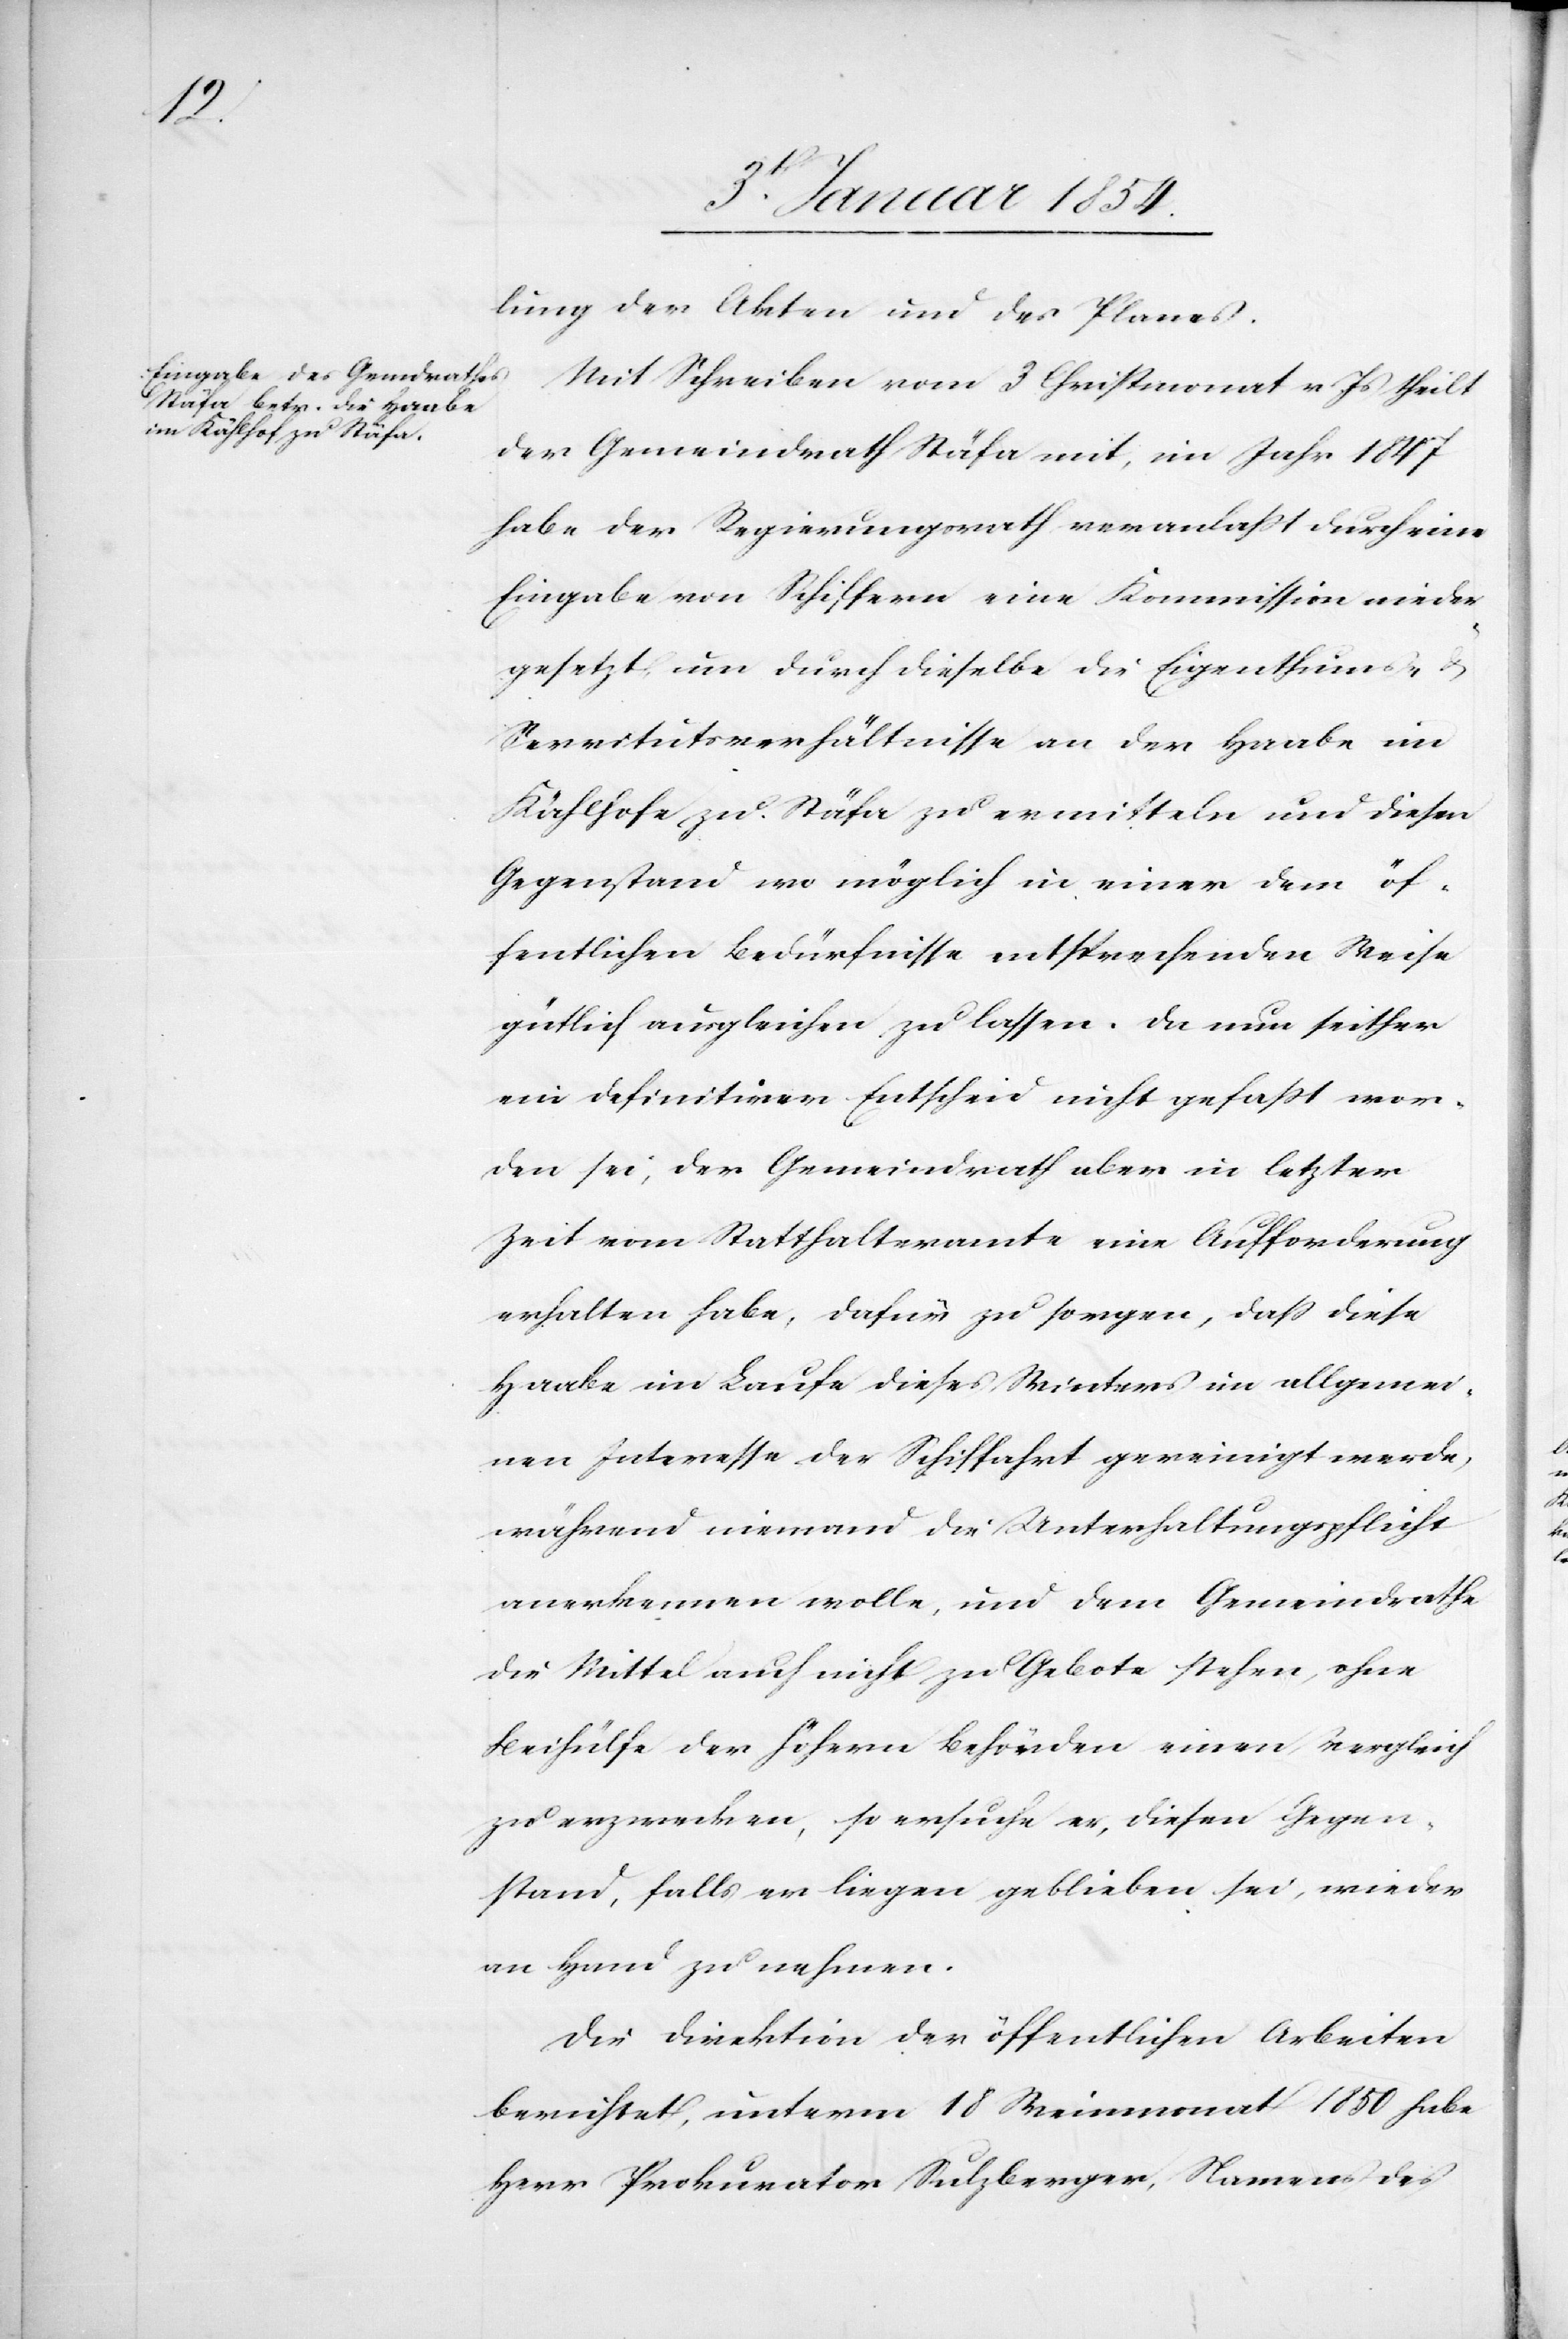
lung der Akten und des Planes.
Mit Schreiben vom 3 Christmonat v Js theilt
der Gemeindrath Stäfa mit, im Jahr 1847
habe der Regierungsrath veranlaßt durch eine
Eingabe von Schiffern eine Kommission nieder¬
gesetzt, um durch dieselbe die Eigenthums- &
Servitutsverhältnisse an der Haabe im
Kählhofe zu Stäfa zu ermitteln und diesen
Gegenstand wo möglich in einer dem öf¬
fentlichen Bedürfnisse entsprechenden Weise
gütlich ausgleichen zu lassen. Da nun seither
ein definitiver Entscheid nicht gefaßt wor¬
den sei, der Gemeindrath aber in letzter
Zeit vom Statthalteramte eine Aufforderung
erhalten habe, dafür zu sorgen, daß diese
Haabe im Laufe dieses Winters im allgemei¬
nen Interesse der Schiffahrt gereinigt werde,
während niemand die Unterhaltungspflicht
anerkennen wolle, und dem Gemeindrathe
die Mittel auch nicht zu Gebote stehen, ohne
Beihülfe der höhern Behörden einen Vergleich
zu erzwecken, so ersuche er, diesen Gegen¬
stand, falls er liegen geblieben sei, wieder
an Hand zu nehmen.
Die Direktion der öffentlichen Arbeiten
berichtet, unterm 18 Weinmonat 1850 habe
Herr Prokurator Sulzberger, Namens des